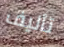
تأليف